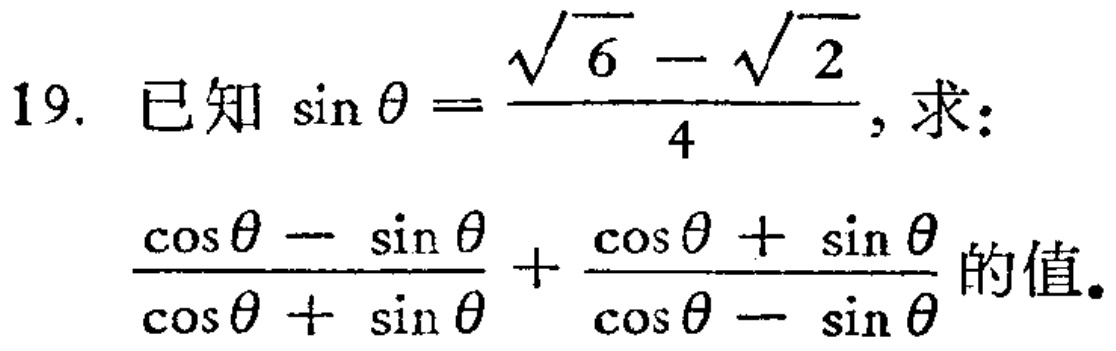
已知\(\sin\theta = \frac{\sqrt{6} - \sqrt{2}}{4}\)，求：
\(\frac{\cos\theta - \sin\theta}{\cos\theta + \sin\theta} + \frac{\cos\theta + \sin\theta}{\cos\theta - \sin\theta}\)的值。